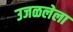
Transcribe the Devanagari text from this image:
उजळलेला